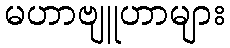
မဟာဗျူဟာများ